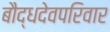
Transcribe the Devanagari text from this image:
बौद्धदेवपरिवार